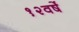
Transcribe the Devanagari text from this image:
१२वर्षे